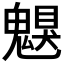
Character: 𩳵